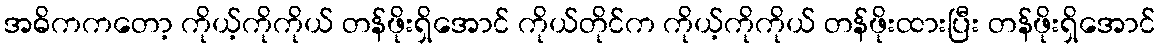
အဓိကကတော့ ကိုယ့်ကိုကိုယ် တန်ဖိုးရှိအောင် ကိုယ်တိုင်က ကိုယ့်ကိုကိုယ် တန်ဖိုးထားပြီး တန်ဖိုးရှိအောင်